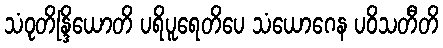
သံဝုတိန္ဒြိယောတိ ပရိပူရေတိပေ သံယောဂေန ပဝိသတီတိ